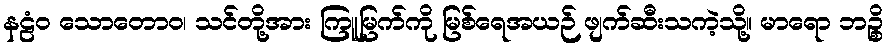
နဠံဝ သောတောဝ၊ သင်တို့အား ကြူမြက်ကို မြစ်ရေအယဉ် ဖျက်ဆီးသကဲ့သို့။ မာရော ဘဉ္စိ